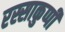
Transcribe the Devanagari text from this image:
रस्साकुप्पी